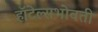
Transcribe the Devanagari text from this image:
हॉटेल्सभोवती